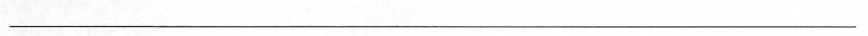
___